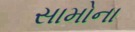
સામોના